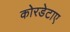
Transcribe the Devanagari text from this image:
कोरडेटाए